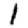
Digit: 1